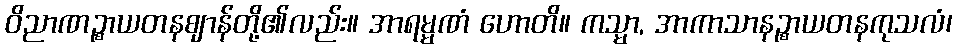
ဝိညာဏဉ္စာယတနဈာန်တို့၏လည်း။ အာရမ္မဏံ ဟောတိ။ ကသ္မာ, အာကာသာနဉ္စာယတနကုသလံ၊